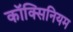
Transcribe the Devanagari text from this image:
कॉक्सिनियम